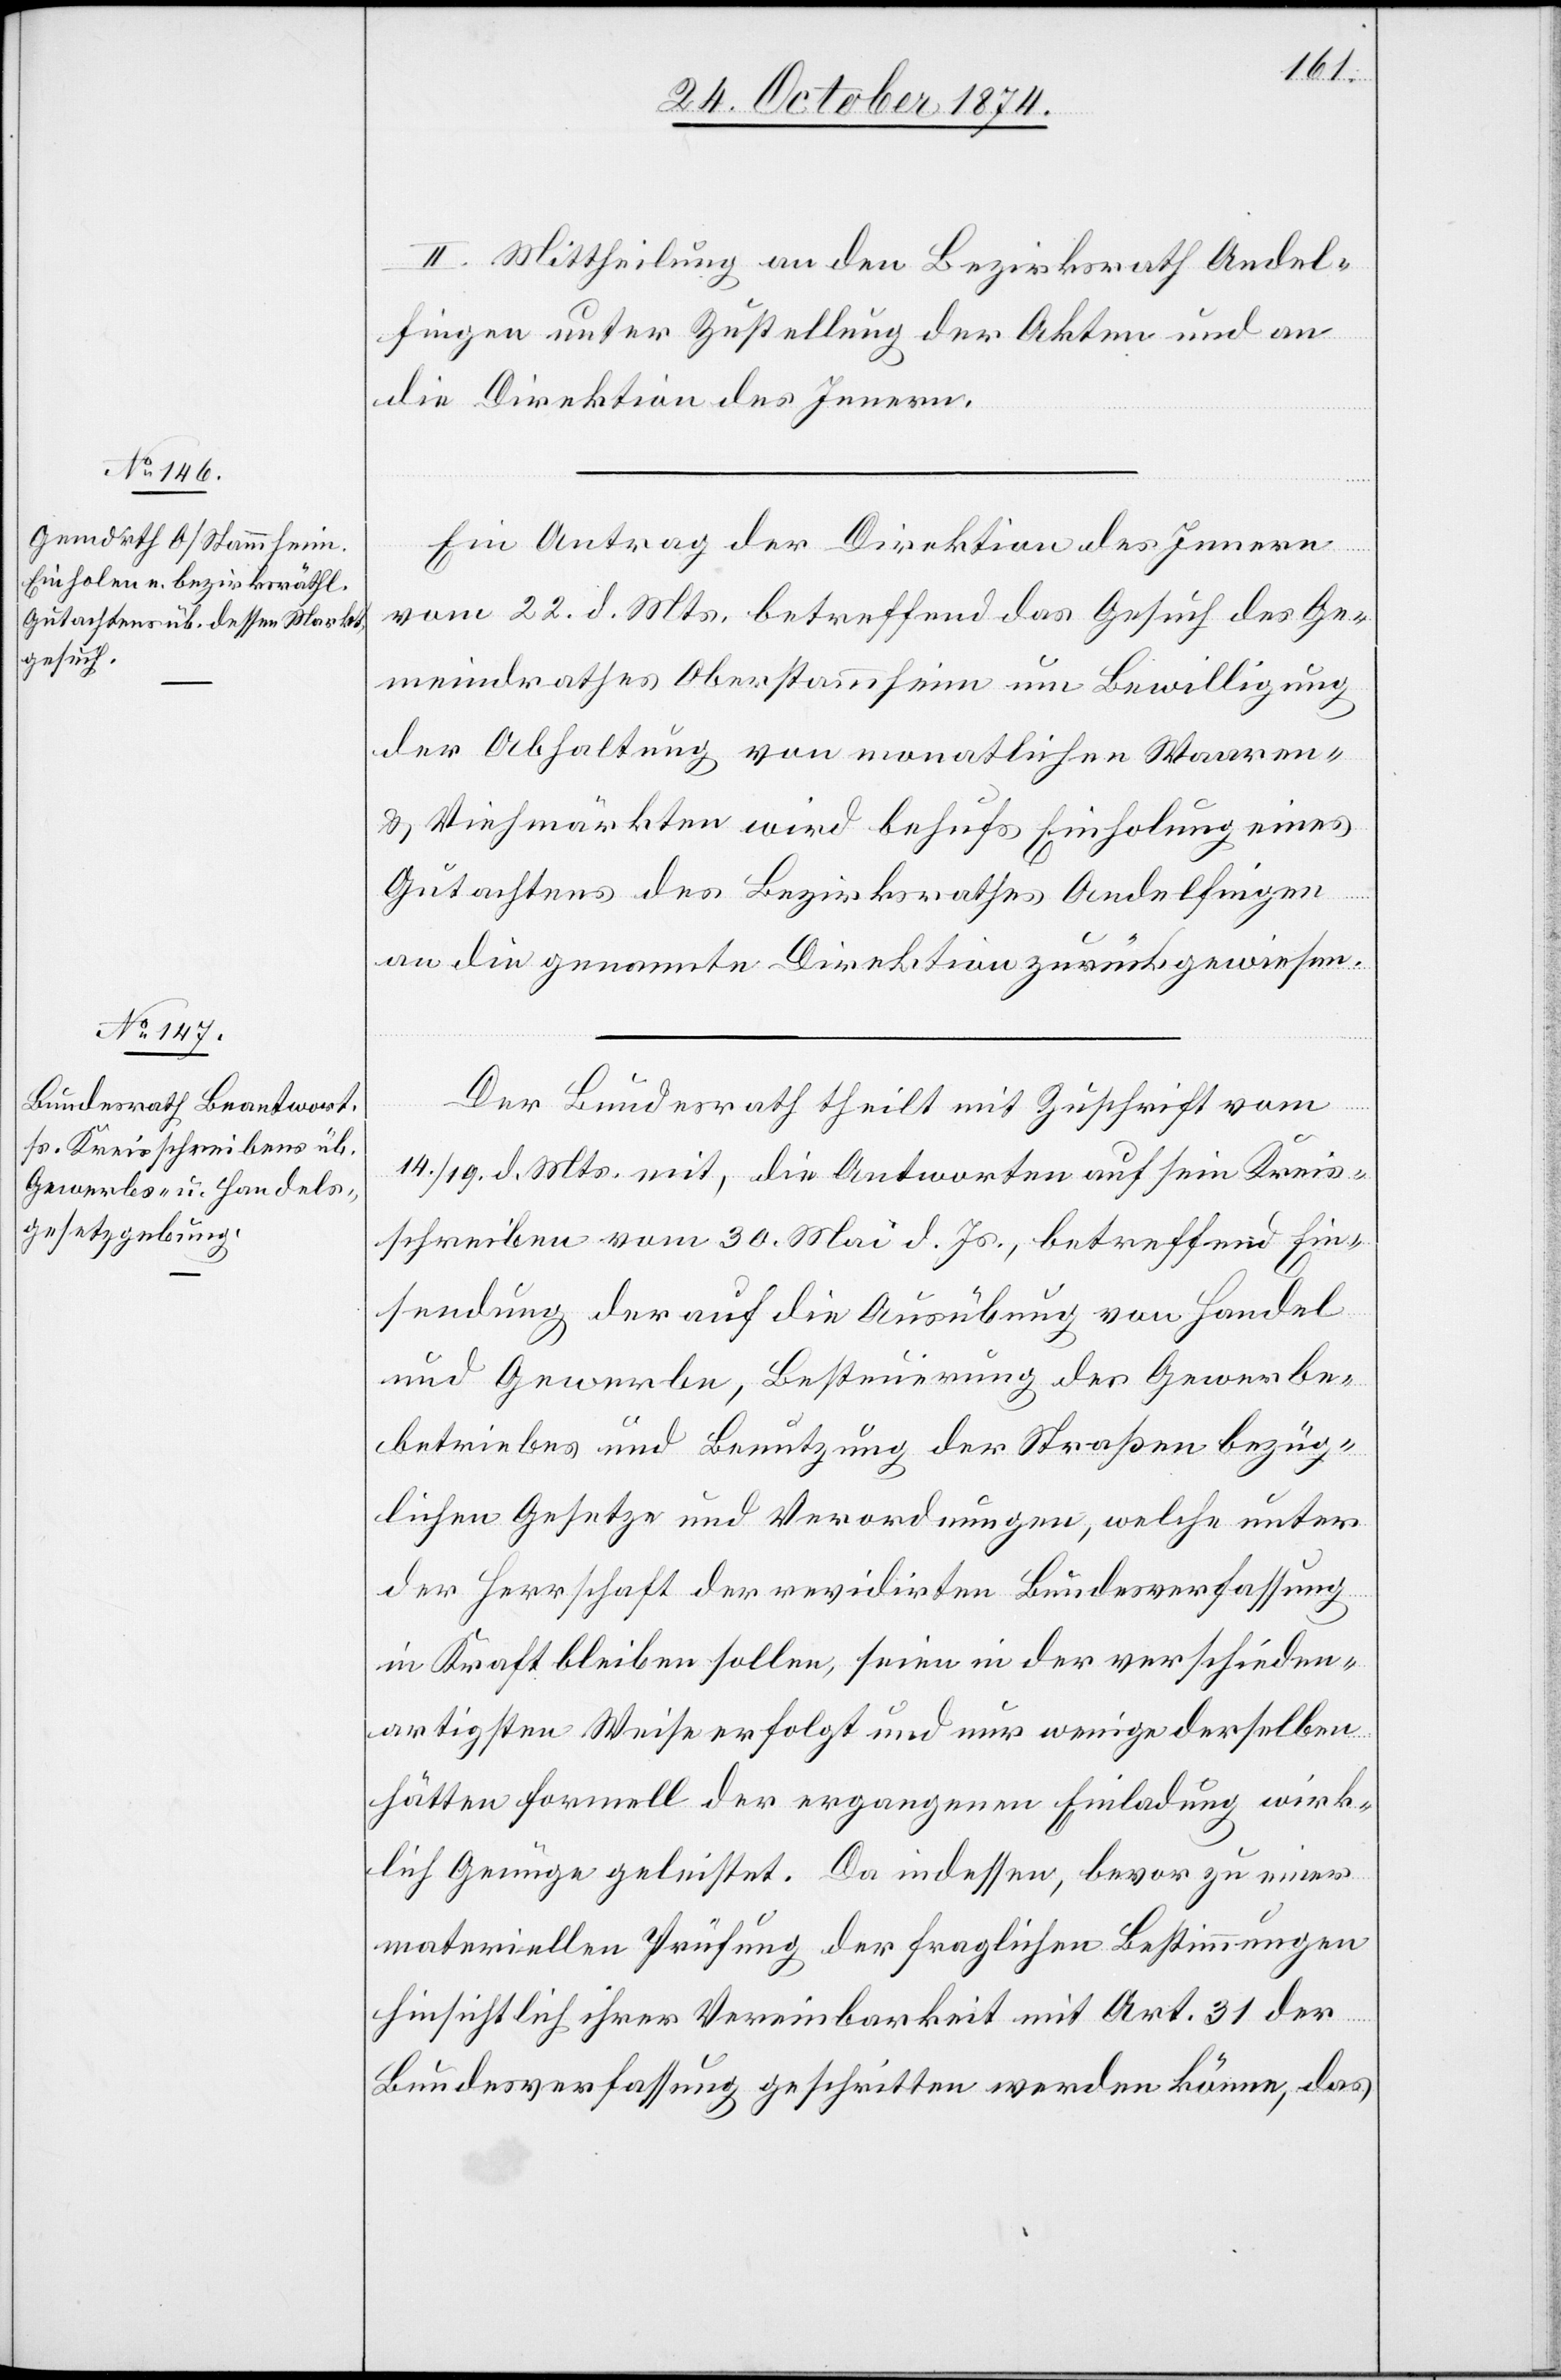
II. Mittheilung an den Bezirksrath Andel¬
fingen unter Zustellung der Akten und an
die Direktion des Innern.
Ein Antrag der Direktion des Innern
vom 22. d. Mts., betreffend das Gesuch des Ge¬
meindrathes Oberstammheim um Bewilligung
der Abhaltung von monatlichen Waaren-
& Viehmärkten wird behufs Einholung eines
Gutachtens des Bezirksrathes Andelfingen
an die genannte Direktion zurückgewiesen.
Der Bundesrath theilt mit Zuschrift vom
14./19. d. Mts. mit, die Antworten auf sein Kreis¬
schreiben vom 30. Mai d. Js., betreffend Ein¬
sendung der auf die Ausübung von Handel
und Gewerbe, Besteuerung des Gewerbe¬
betriebes und Benutzung der Straßen bezüg¬
lichen Gesetze und Verordnungen, welche unter
der Herrschaft der revidirten Bundesverfassung
in Kraft bleiben sollen, seien in der verschieden¬
artigsten Weise erfolgt und nur wenige derselben
hätten formell der ergangenen Einladung wirk¬
lich Genüge geleistet. Da indessen, bevor zu einer
materiellen Prüfung der fraglichen Bestimmungen
hinsichtlich ihrer Vereinbarkeit mit Art. 31 der
Bundesverfassung geschritten werden könne, das